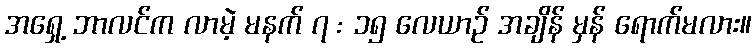
အရှေ့ ဘာလင်က လာမဲ့ မနက် ၇ : ၁၅ လေယာဉ် အချိန် မှန် ရောက်မလား။